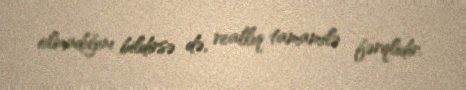
olmadığını bildirsə də, reallıq tamamilə fərqlidir.